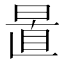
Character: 𣇣